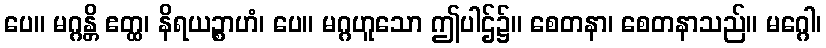
ပေ။ မဂ္ဂန္တိ ဧတ္ထ၊ နိရယဉ္စာဟံ၊ ပေ။ မဂ္ဂဟူသော ဤပါဌ်၌။ စေတနာ၊ စေတနာသည်။ မဂ္ဂေါ၊